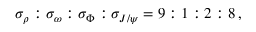
\sigma _ { \rho } : \sigma _ { \omega } : \sigma _ { \Phi } : \sigma _ { J / \psi } = 9 : 1 : 2 : 8 \, ,